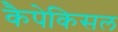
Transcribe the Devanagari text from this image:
कैपेकिसल